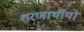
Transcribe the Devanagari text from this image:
शरणार्थीयों